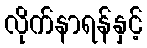
လိုက်နာရန်နှင့်